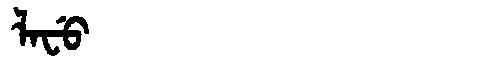
Manchu: ᠯᠠᠸᡠ
Romanization: LAFU